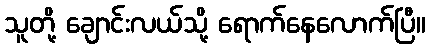
သူတို့ ချောင်းလယ်သို့ ရောက်နေလောက်ပြီ။